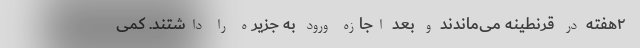
۲هفته در قرنطینه می‌ماندند و بعد اجازه ورود به جزیره را داشتند. کمی